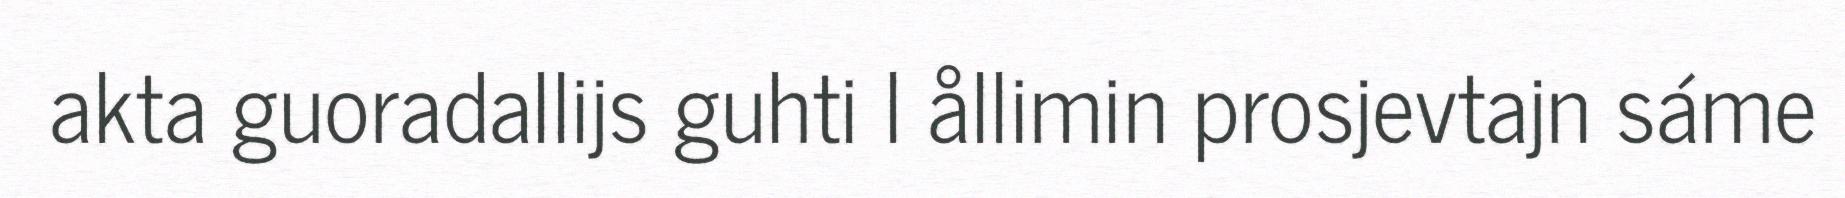
akta guoradallijs guhti l ållimin prosjevtajn sáme